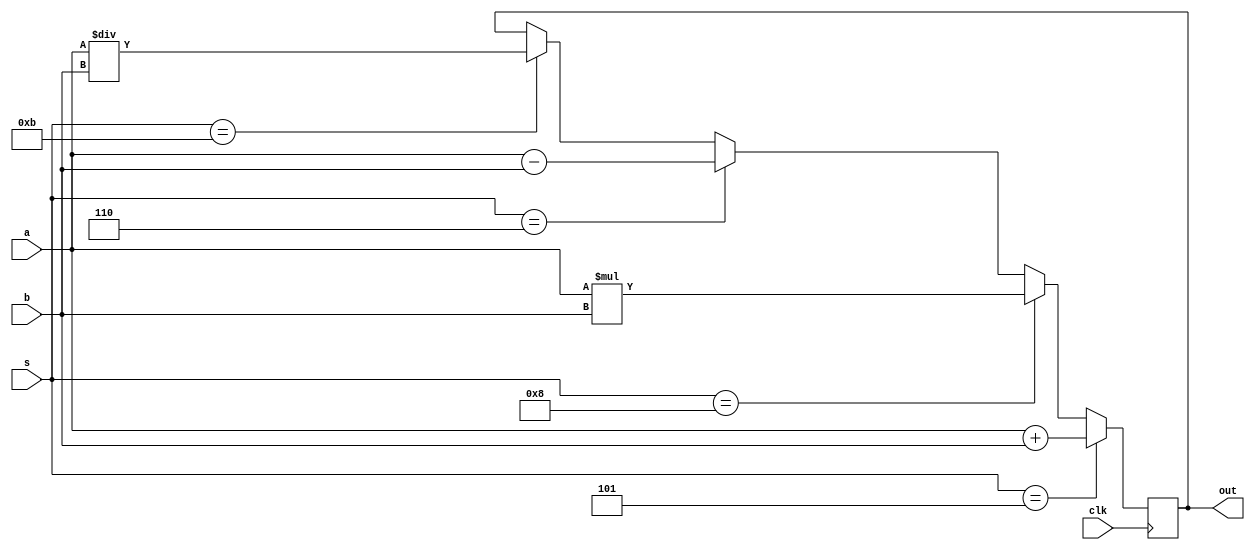
//This the corrected code which stimulates correctly.

module alu (a,b,s,out,clk);
input [39:0]a,b;
input [4:0]s;
input clk;
output reg [39:0]out;

always @ (posedge clk)
begin
if (s==5'b00101)
out = a+b;
else if (s==5'b1000)
out= a*b;
else if (s==5'b00110)
out = a-b;
else if (s==5'b01011)
out = a/b;
end
endmodule


`timescale 1ns/1ps
module alu_test;
reg [39:0]a,b;
reg clk;
reg [4:0]select;
wire [39:0]out;
alu uut (a,b,select,out,clk);

initial
begin
$dumpfile("alua.vcd");
$dumpvars(0, alu_test);
a= 40'h000000000b;
b= 40'h0000000003;
clk=0;
select= 5'b00101;
end

always
begin
#3 clk=~clk;
end

always
begin

select= 5'b00111;
#10 select= 5'b00110;
#10 select= 5'b01000;
#10 select= 5'b01011;

end

endmodule